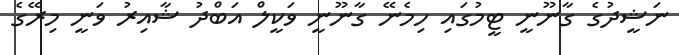
ނަޝީދުގެ ގާނޫނީ ޓީމުގައި ހިމެނޭ ގާނޫނީ ވަކީލް އަބްދު ޝާއިރު ވަނީ މިރޭގެ